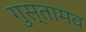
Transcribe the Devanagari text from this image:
गुस्तामव